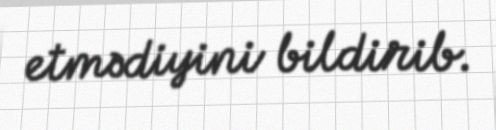
etmədiyini bildirib.